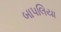
બાપલિયા